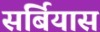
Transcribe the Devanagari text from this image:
सर्बियास